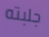
جلبته